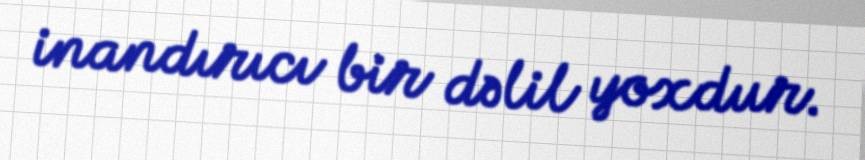
inandırıcı bir dəlil yoxdur.